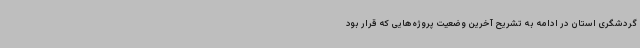
گردشگری استان در ادامه به تشریح آخرین وضعیت پروژه‌هایی که قرار بود